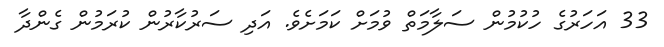
33 އަހަރުގެ ހުކުމުން ސަލާމަތް ވުމަށް ކަމަށެވެ. އަދި ސަރުކާރުން ކުރަމުން ގެންދާ